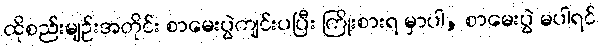
ထိုစည်းမျဉ်းအတိုင်း စာမေးပွဲကျင်းပပြီး ကြိုးစားရ မှာပါ, စာမေးပွဲ မပါရင်